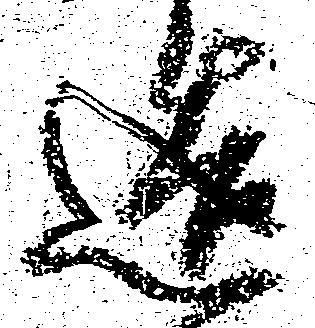
造